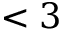
< 3